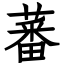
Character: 蕃